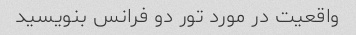
واقعیت در مورد تور دو فرانس بنویسید